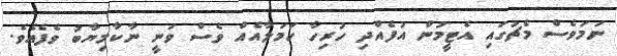
ނަމަވެސް މެޗުގައި އެޓީމުން އުފެއްދި ހުރިހާ ހަމަލާއެއް ވެސް ވަނީ ނާކާމިޔާބު ވެފެއެވެ.